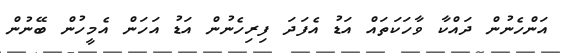
އަންހެނުން ދައްކާ ވާހަކަތައް އަޑު އެފަދަ ފިރިހެނުން އަޑު އަހަން އެމީހުން ބޭނުން